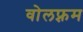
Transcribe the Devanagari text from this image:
वोलफ़्रम